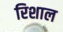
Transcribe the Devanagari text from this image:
रिशाल